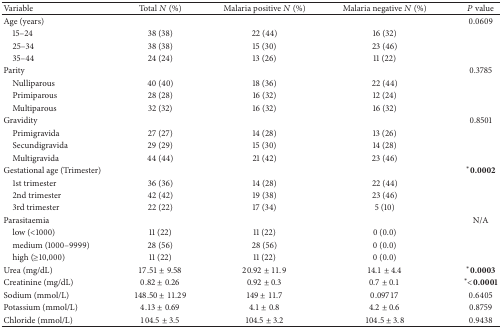
| Variable | Total N (%) | Malaria positive N (%) | Malaria negative N (%) | P value |
 | --- | --- | --- | --- | --- |
 | Age (years) |  |  |  | 0.0609 |
 | 15–24 | 38 (38) | 22 (44) | 16 (32) |  |
 | 25–34 | 38 (38) | 15 (30) | 23 (46) |  |
 | 35–44 | 24 (24) | 13 (26) | 11 (22) |  |
 | Parity |  |  |  | 0.3785 |
 | Nulliparous | 40 (40) | 18 (36) | 22 (44) |  |
 | Primiparous | 28 (28) | 16 (32) | 12 (24) |  |
 | Multiparous | 32 (32) | 16 (32) | 16 (32) |  |
 | Gravidity |  |  |  | 0.8501 |
 | Primigravida | 27 (27) | 14 (28) | 13 (26) |  |
 | Secundigravida | 29 (29) | 15 (30) | 14 (28) |  |
 | Multigravida | 44 (44) | 21 (42) | 23 (46) |  |
 | Gestational age (Trimester) |  |  |  | ∗0.0002 |
 | 1st trimester | 36 (36) | 14 (28) | 22 (44) |  |
 | 2nd trimester | 42 (42) | 19 (38) | 23 (46) |  |
 | 3rd trimester | 22 (22) | 17 (34) | 5 (10) |  |
 | Parasitaemia |  |  |  | N/A |
 | low (<1000) | 11 (22) | 11 (22) | 0 (0.0) |  |
 | medium (1000–9999) | 28 (56) | 28 (56) | 0 (0.0) |  |
 | high (≥10,000) | 11 (22) | 11 (22) | 0 (0.0) |  |
 | Urea (mg/dL) | 17.51 ± 9.58 | 20.92 ± 11.9 | 14.1 ± 4.4 | ∗0.0003 |
 | Creatinine (mg/dL) | 0.82 ± 0.26 | 0.92 ± 0.3 | 0.7 ± 0.1 | ∗< 0.0001 |
 | Sodium (mmol/L) | 148.50 ± 11.29 | 149 ± 11.7 | 0.09717 | 0.6405 |
 | Potassium (mmol/L) | 4.13 ± 0.69 | 4.1 ± 0.8 | 4.2 ± 0.6 | 0.8759 |
 | Chloride (mmol/L) | 104.5 ± 3.5 | 104.5 ± 3.2 | 104.5 ± 3.8 | 0.9438 |